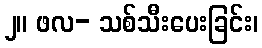
၂။ ဖလ- သစ်သီးပေးခြင်း၊